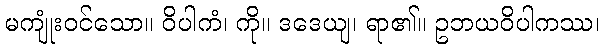
မကျုံးဝင်သော။ ဝိပါကံ၊ ကို။ ဒဒေယျ၊ ရာ၏။ ဥဘယဝိပါကဿ၊